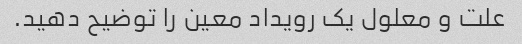
علت و معلول یک رویداد معین را توضیح دهید.